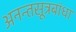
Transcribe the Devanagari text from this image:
अनन्तसूत्रबांधा